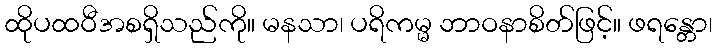
ထိုပထဝီအစရှိသည်ကို။ မနသာ၊ ပရိကမ္မ ဘာဝနာစိတ်ဖြင့်။ ဖရန္တော၊